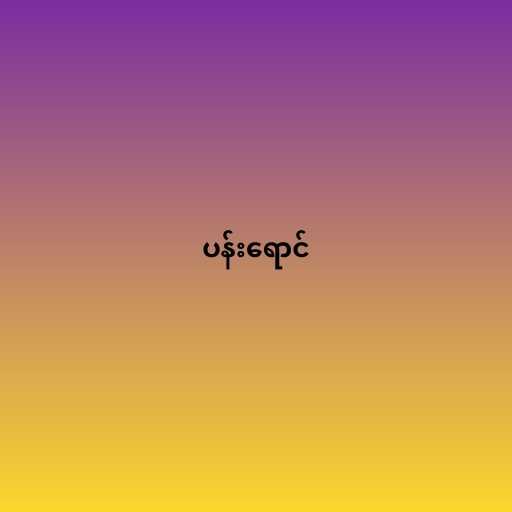
ပန်းရောင်